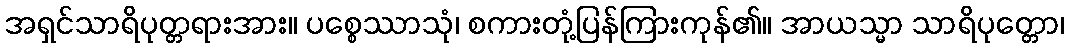
အရှင်သာရိပုတ္တရားအား။ ပစ္စေဿာသုံ၊ စကားတုံ့ပြန်ကြားကုန်၏။ အာယသ္မာ သာရိပုတ္တော၊